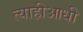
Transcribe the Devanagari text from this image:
त्याहीआधी